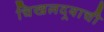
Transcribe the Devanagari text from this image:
चिखलदर्‍याची